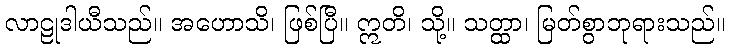
လာဠုဒါယီသည်။ အဟောသိ၊ ဖြစ်ပြီ။ ဣတိ၊ သို့။ သတ္ထာ၊ မြတ်စွာဘုရားသည်။